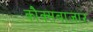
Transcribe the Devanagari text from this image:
कौक्सबाजार